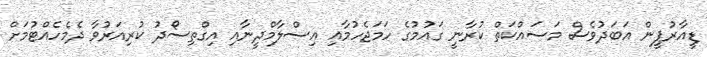
ޑީއާރުޕީން އަބަދުވެސް މަސައްކަތް ކުރާނީ ގައުމުގެ ހަމަޖެހުމާއި އިސްލާމްދީނާއި އިގްތިސޯދު ކުރިއަރުވާ ދެމެހެއްޓުމަށް